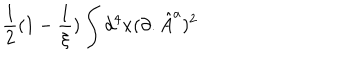
LaTeX: \frac { 1 } { 2 } ( 1 - \frac { 1 } { \xi } ) \int d ^ { 4 } x ( \partial . { \hat { A } } ^ { a } ) ^ { 2 }